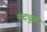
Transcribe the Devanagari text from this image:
पदचुत